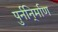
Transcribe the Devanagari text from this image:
पुर्ननि्र्माण